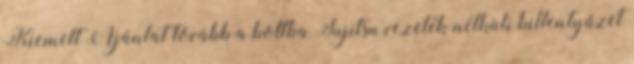
Kiemelt Ajánlat tovább a boltba Fujitsu vezeték nélküli billentyűzet